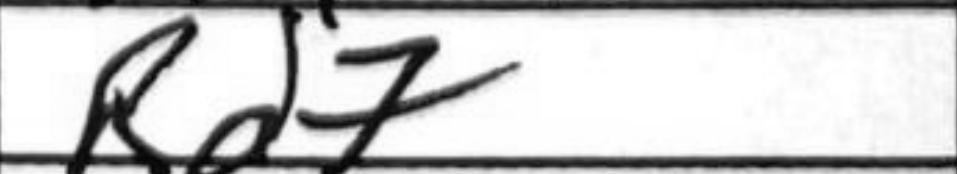
Transcription: Rd7